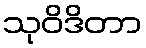
သုဝိဒိတာ